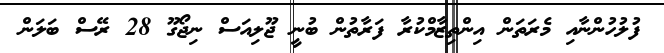
ފުލުހުންނާއި މެރަތަން އިންތިޒާމްކުރާ ފަރާތުން ބުނީ ޖޫލިއަސް ނިޖޯގޫ 28 ރޭސް ބަލަން